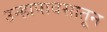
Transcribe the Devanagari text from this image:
उन्हापावसातून